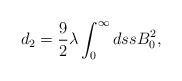
LaTeX: \begin{align*}d_2 = \frac{9}{2} \lambda \int^{\infty}_0 ds s B_0^2,\end{align*}